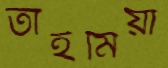
তাইমিয়া